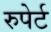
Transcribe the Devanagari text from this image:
रुपेर्ट